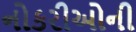
નોકરીઓની